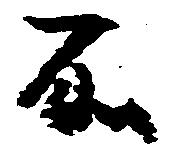
所